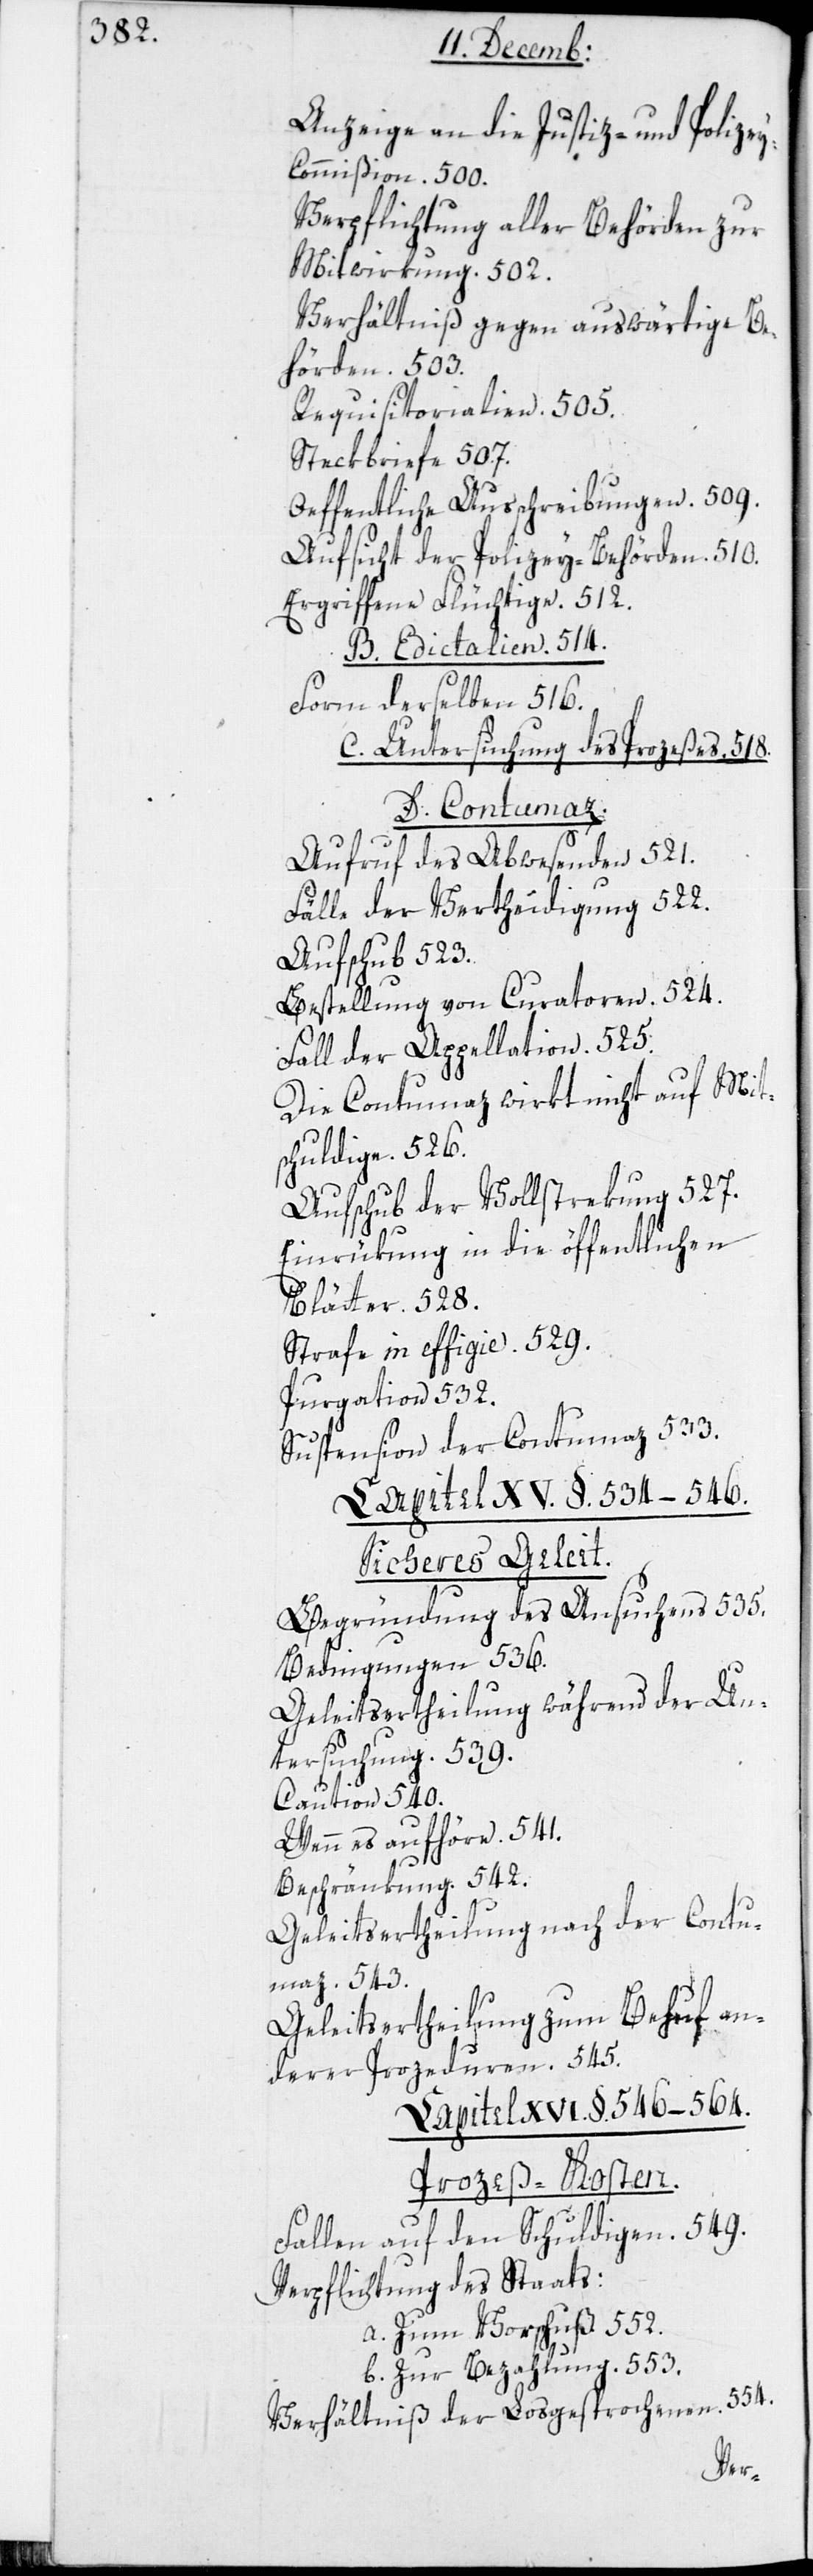
Anzeige an die Justiz- und Polize¬
y-Commißion. 500.
Verpflichtung aller Behörden zur
Mitwirkung. 502.
Verhältniß gegen auswärtige Be¬
hörden. 503.
Requisitorialien. 505.
Steckbriefe. 507.
Oeffentliche Ausschreibungen. 509.
Aufsicht der Polizey-Behörden. 510.
Ergriffene Flüchtige. 512.
Form derselben. 516.
C. Untersuchung des Prozeßes. 518.
D. Contumaz.
Aufruf des Abwesenden 521.
Fälle der Vertheidigung. 522.
Auschub 523.
Bestellung von Curatoren. 524.
Fall der Appellation. 525.
Die Contumaz wirkt nicht auf Mit¬
schuldige. 526.
Aufschub der Vollstrekung 527.
Einrükung in die öffentlichen
Blätter. 528.
Strafe in effigie. 529.
Purgation 532.
Suspension der Contumaz. 533.
Capitel XV. §. 534–546.
Sicheres Geleit.
Begründung des Ansuchens. 535.
Bedingungen 536.
Geleitsertheilung während der Un¬
tersuchung. 539.
Caution. 540.
Wenn es aufhöre. 541.
B.
Beschränkung. 542.
Geleitsertheilung nach der Contu¬
maz. 543.
Geleitsertheilung zum Behuf an¬
derer Prozeduren. 545.
Capitel XVI. §. 546–564.
Prozeß-Kosten.
Fallen auf den Schuldigen. 549.
Verpflichtung des Staats:
a. Zum Vorschuß 552.
b. Zur Bezahlung. 553.
554.
Verhältniß der Losgesprochenen.